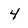
Character: 4